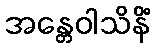
အန္တေဝါသိနိံ